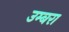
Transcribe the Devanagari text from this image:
उम्बरा